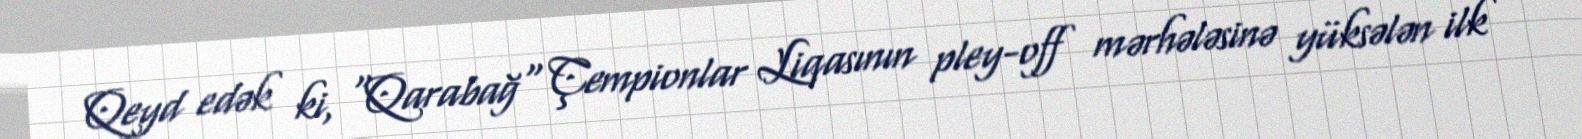
Qeyd edək ki, "Qarabağ" Çempionlar Liqasının pley-off mərhələsinə yüksələn ilk